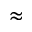
\approx